Vaccination United Provinces of Agra and Oudh 1902-1913 - 1902-1913
Year: 1902
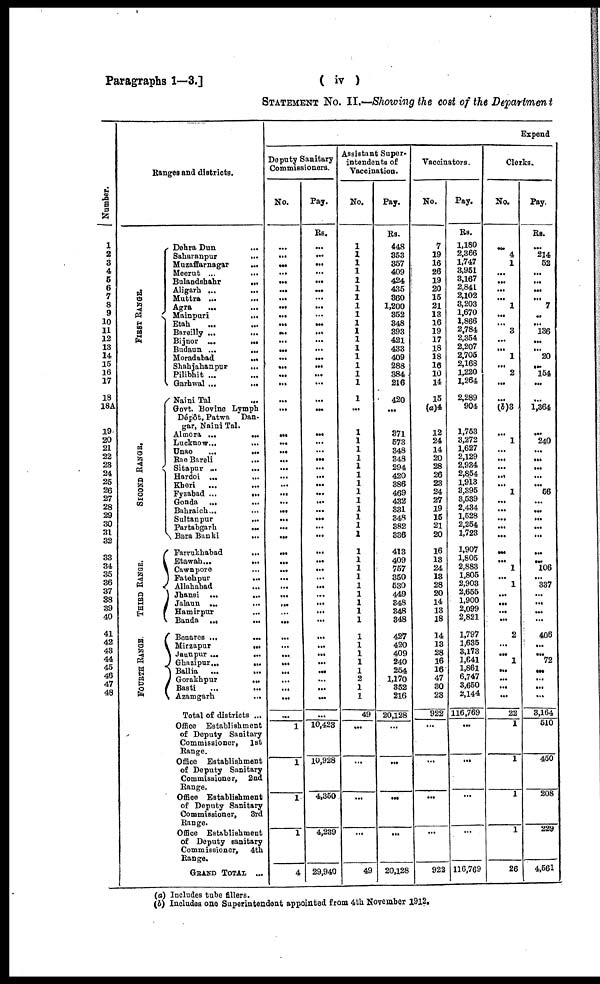
Paragraphs 1—3.]
( iv)
STATEMENT No. II.—Showing the cost of the Department
Number.
1
2
3
4
5
6
7
8
9
10
11
12
13
14
15
16
17
18
18À
19
20
21
22
23
24
25
26 27
28
29
30
31
32
33
34
35
36
37
38
39
40
41
42
43 44
45
46
47
48
Ranges and districts.
FIRST RANGE.
S E COND RANGE.
THIRD RANGE.
F OURT H RANGE.
Dehra Dun ...
Saharanpur ...
Muzaffarnagar ...
Meerut ...
...
Bulandshahr ...
Aligarh ... ...
Muttra ...
...
Agra
...
...
Mainpuri
...
Etah
... ...
Bareilly ...
...
Bijnor ...
...
Budaun ...
...
Moradabad ...
Shahjahanpur
...
Pilibhit ...
Garhwal ...
...
Naini Tal ...
Govt. Bovine Lymph
Dépôt, Patwa Dan¬
gar, Naini Tal.
Almora ...
...
Lucknow...
...
Unao
...
...
Rae Bareli
...
Sitapur
...
...
Hardoi ...
...
Kheri
...
...
Fyzabad ...
...
Gonda ...
...
Bahraich... ...
Sultanpur
...
Partabgarh
Bara Banki
...
Farrukhabad ...
Etawah...
...
Cawnpore ...
Fatehpur
...
Allahabad ...
Jhansi ...
...
Jalaun ...
...
Hamirpur ...
Banda ...
...
Benares ...
...
Mirzapur
...
Jaunpur ...
...
Ghazipur...
...
Ballia
... ...
Gorakhpur
...
Basti ... ...
Azamgarh
...
Total of districts ...
Office Establishment
of Deputy Sanitary
Commissioner,
1st
Range.
Office Establishment
of Deputy Sanitary
Commissioner, 2nd
Range.
Office Establishment
of Deputy Sanitary
Commissioner,
3rd
Range.
Office Establishment
of Deputy sanitary
Commissioner,
4th
Range.
GRAND TOTAL ...
Expend
Deputy Sanitary
Commissioners.
No.
...
...
...
...
...
...
...
...
...
...
...
...
...
...
...
...
...
...
...
...
...
...
...
...
...
...
...
...
...
...
...
...
...
...
...
...
...
...
...
...
...
...
...
...
...
...
...
...
...
...
1
1
1
1
4
Pay.
Rs.
...
...
...
...
...
...
...
...
...
...
...
...
...
...
...
...
...
...
...
...
...
...
...
...
...
...
...
...
...
...
...
...
...
...
...
...
...
...
...
...
...
...
...
...
...
...
...
...
...
...
10,423
10,928
4,350
4,239
29,940
Assistant Super¬
intendents of
Vaccination.
No.
...
...
...
...
...
...
...
...
...
...
...
...
...
...
...
...
...
1
...
...
...
...
...
...
...
...
...
...
...
...
...
...
...
...
...
...
...
...
...
...
...
...
...
...
...
...
...
...
...
49
...
...
...
...
49
Pay.
Rs.
448
353
357
409
424
435
360
1,200
352
348
393
421
433
409
288
384
216
420
...
371
573
348
348
294
420
386
469
432
331
348
382
336
413
409
757
350
530
449
348
348
348
427
420
409
240
254
1,170
352
216
20,128
...
...
...
...
20,128
Vaccinators.
No.
7
19
16
26
19
20
15
21
13
16
19
17
18
18
16
10
14
15
(a)4
12
24
14
20
28
26
23
24
27
19
15
21
20
16
13
24
13
28
20
14
13
18
14
13
28
16
16
47
30
23
922
...
...
...
...
922
Pay.
Rs.
1,180
2,366
1,747
3,951
3,167
2,841
2,102
3,203
1,670
1,866
2,784
2,354
2,207
2,705
2,168
1,220
1,264
2,289
904
1,753
3,272
1,627
2,129
2,934
2,854
1,913
3,395
3,539
2,434
1,528
2,254
1,723
1,907
1,805
2,883
1,805
2,903
2,655
1,900
2,099
2,821
1,797
1,635
3,178
1,641
1,861
6,747
3,650
2,144
116,769
...
...
...
...
116,769
Clerks.
No.
...
4
1
...
...
...
...
1
...
... 3
...
...
1
...
2
...
...
(b)3
...
1
...
...
...
...
...
1
...
...
...
...
...
...
...
1
...
1
...
...
...
...
2
...
...
1
...
...
...
...
22
1
1
1
1
26
Pay.
Rs.
...
214
52
...
...
...
...
7
...
...
136
...
...
20
...
154
...
...
1,364
...
240
...
...
...
...
...
56
...
...
...
...
...
...
...
106
...
337
...
...
...
...
406
...
... 72
...
...
...
...
3,164
510
450
208
229
4,561
(a) Includes tube fillers.
(b) Includes one Superintendent appointed from 4th November 1912.